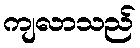
ကျလာသည်